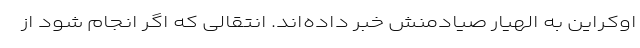
اوکراین به الهیار صیادمنش خبر داده‌اند. انتقالی که اگر انجام شود از